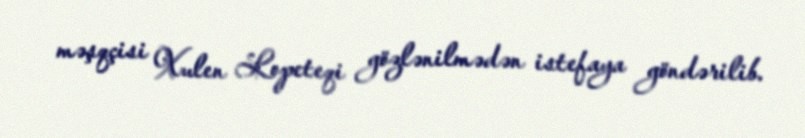
məşqçisi Xulen Lopeteqi gözlənilmədən istefaya göndərilib.